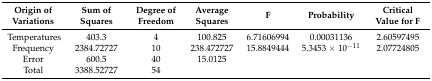
| Origin of Variations | Sum of Squares | Degree of Freedom | Average Squares | F | Probability | Critical Value for F |
 | --- | --- | --- | --- | --- | --- | --- |
 | Temperatures | 403.3 | 4 | 100.825 | 6.71606994 | 0.00031136 | 2.60597495 |
 | Frequency | 2384.72727 | 10 | 238.472727 | 15.8849444 | 5.3453 × 10−11 | 2.07724805 |
 | Error | 600.5 | 40 | 15.0125 |  |  |  |
 | Total | 3388.52727 | 54 |  |  |  |  |